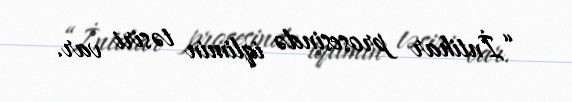
“İntihar prosesində iqlimin təsiri var.